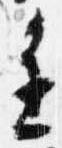
進